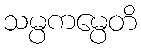
သမ္ပကမ္ပေတိ